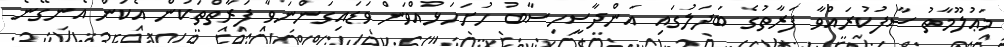
މަޢުލޫމާތު ސާފުކުރައްވާ ފަރާތުގެ ބަދަލުގައި އަންދާސީހިސާބު ހުށަހަޅުއްވަން ވަޑައިގަންނަވާ ފަރާތްތަކުން އެކަން އެނގޭނެ